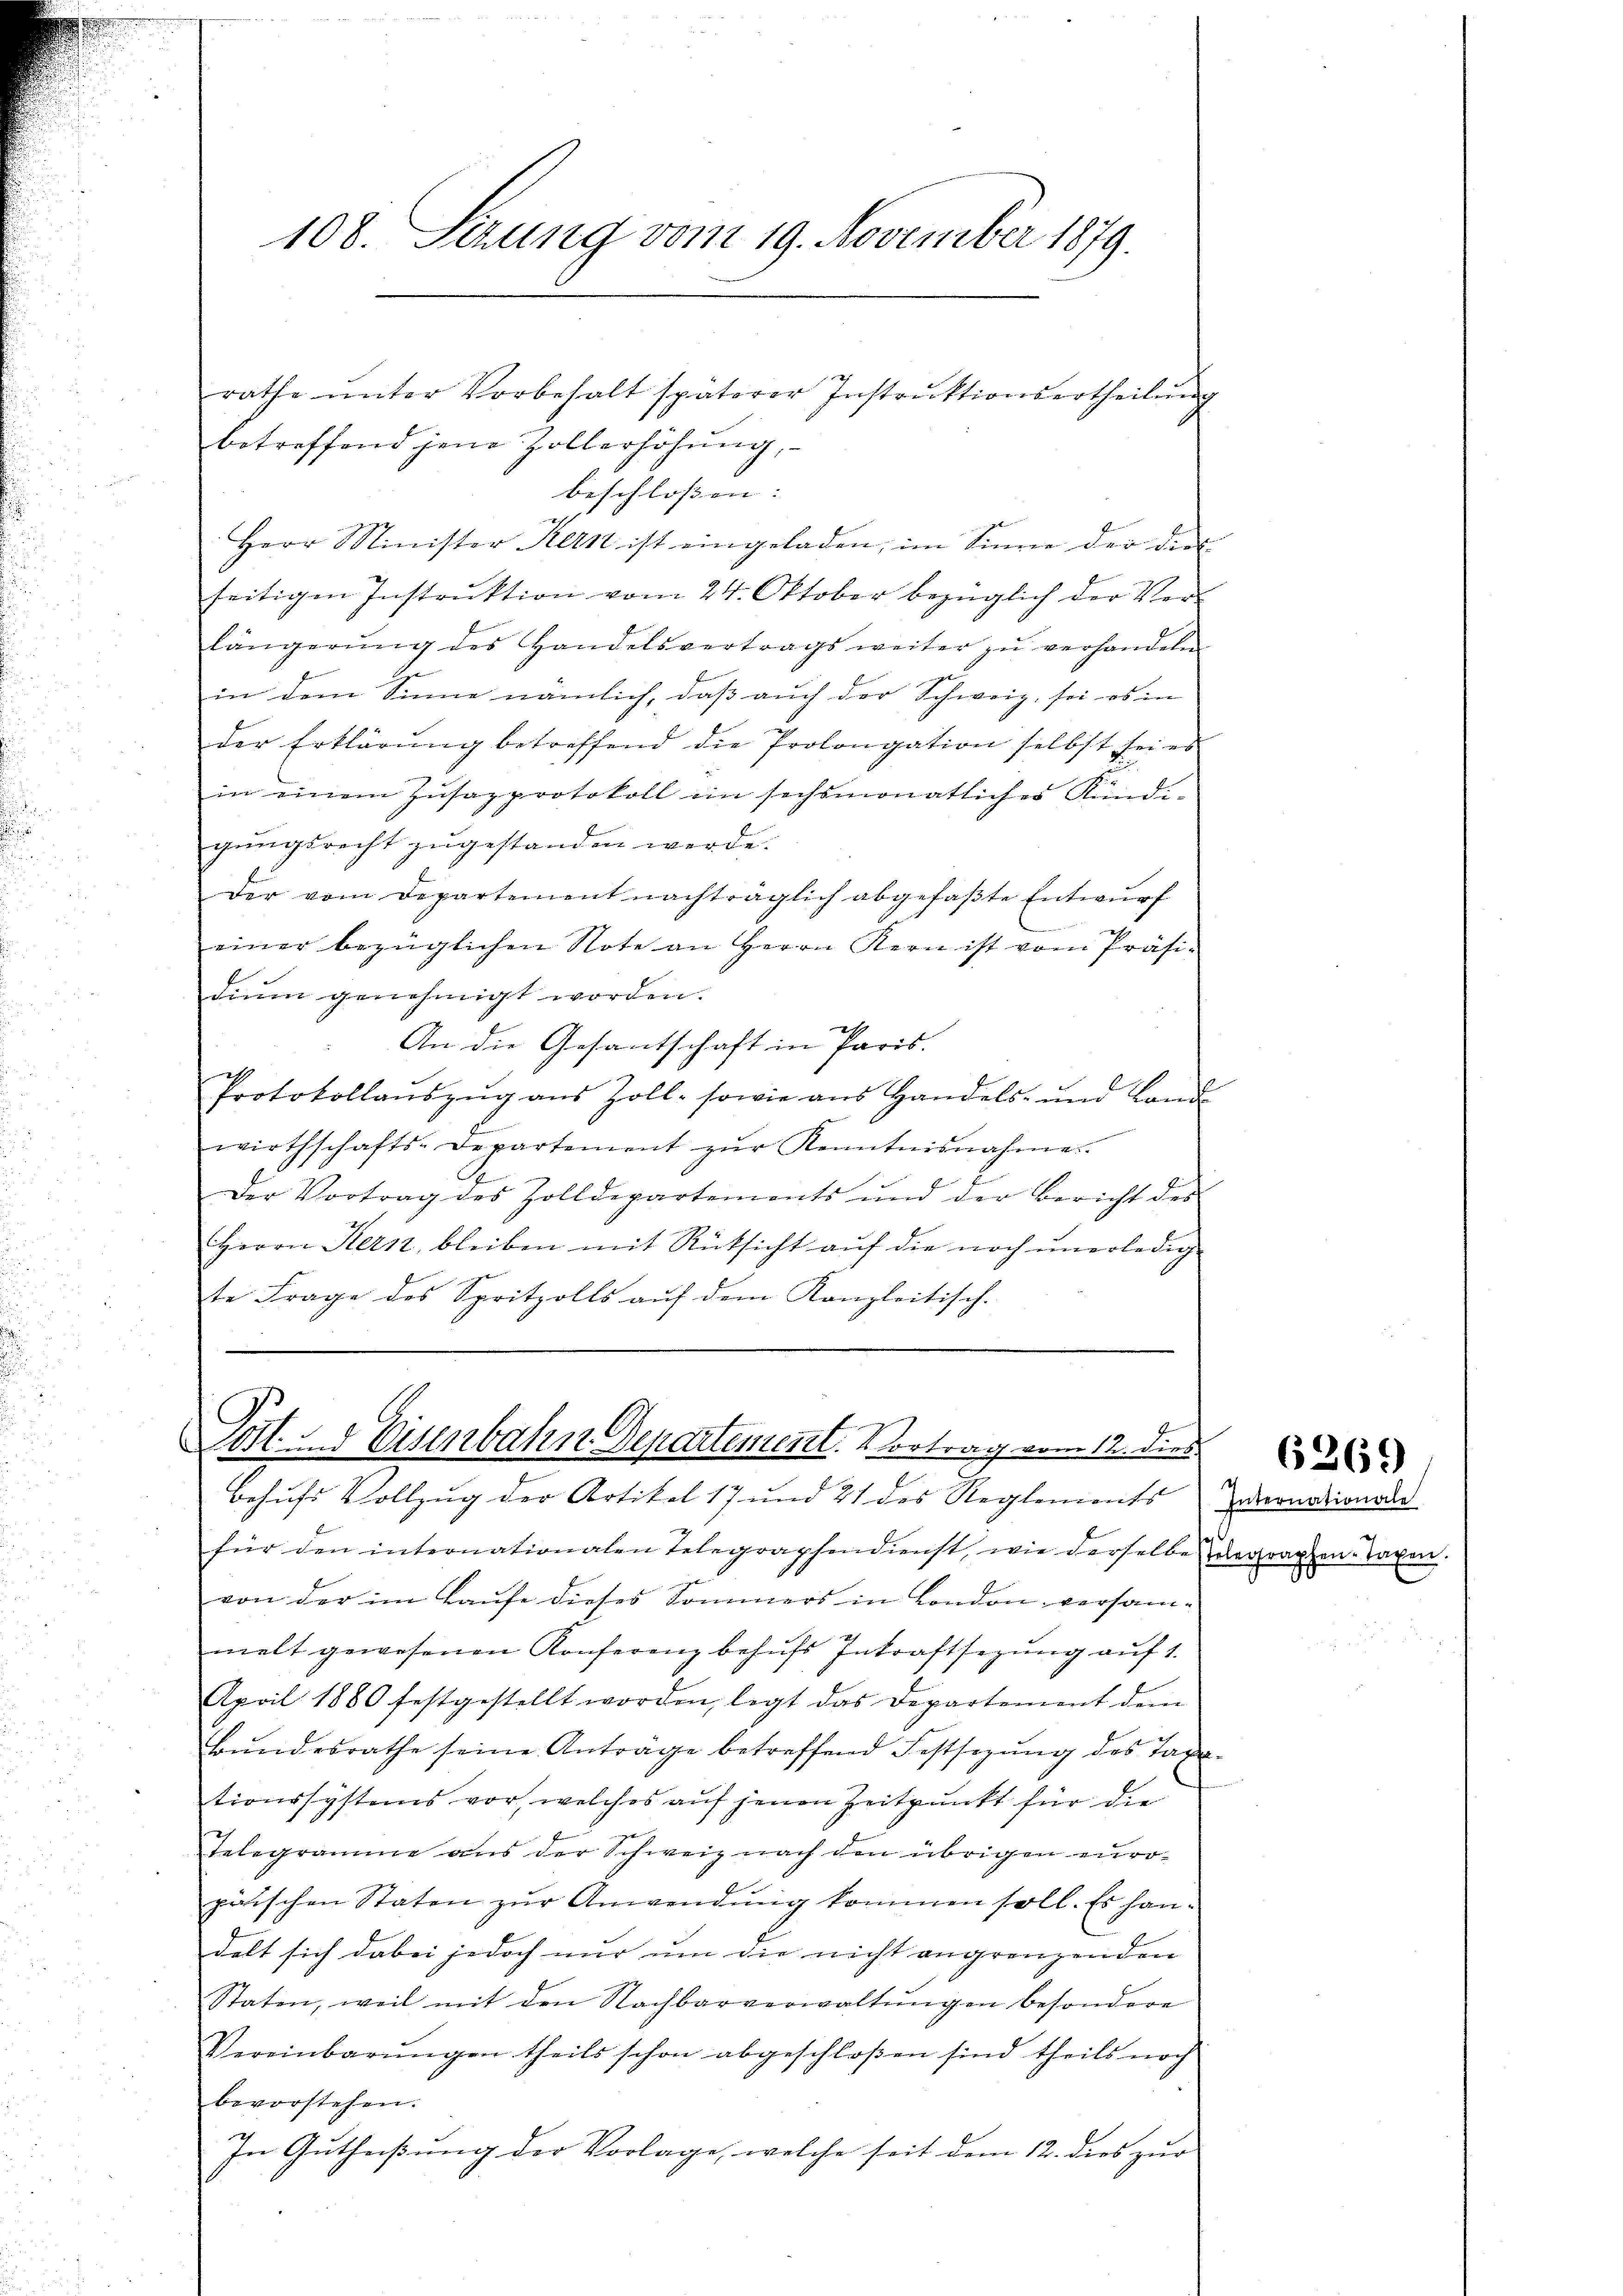
108. Sizung vom 19. November 1879.
rathe ŭnter Vorbehalt späterer Instrŭktionsertheilŭng

betreffend jene Zollerhöhŭng,
beschloßen:
Herr Minister Kern ist eingeladen, im Sinne der dies
seitigen Instruktion vom 24. Oktober bezüglich der Verlängerŭng des Handelsvertrags weiter zŭ verhandeln
in dem Sinne nämlich, dass auch der Schweiz, sei es in |
der Erklärŭng betreffend die Prolongation selbst sei es
in einem Zŭsazprotokoll in sechsmonatlicher Kündi-
gungsrecht zugestanden werde.
Der vom Departement nachträglich abgefaβte Entwŭrf
einer bezüglichen Note an Herrn Kern ist vom Präsidium genehmigt worden.
An die Gesantschaft in Paris.
s
Protokollauszug aus Zoll- sowie aus Handels- und Land-
wirthschafts-Departement zŭr Kenntnisnahme.
Der Vortrag des Zolldepartements und der Bericht des
Herrn Herz, bleiben mit Rücksicht aŭf die noch ŭnerledig-
te Frage des Spritzolls auf dem Kanzleitisch-

Post. Eisenbahn Departement. Vortrag vom 12. dies

Behufs Vollzug der Artikel 17 und 21 des Reglements Zubernationale
für den internationalen Telegraphendienst, wie derselbe degraphen-Tagen.
von der im Laufe dieses Sommers in London versammelt gewesenen Konferenz behŭfs Inkraftsezung aŭf 1.
April 1880 festgestellt worden, legt das Departement dem
Bŭndesrathe seine Anträge betreffend Festsezung des Taxtionssystems vor, welches auf jenen Zeitpunkt für die
Telegramme aus der Schweiz nach den übrigen europäischen Staten zŭr Anwendung kommen soll. Es handelt sich dabei jedoch nur um die nicht angrenzenden
Staten, weil mit den Nachbarverwaltŭngen besondere
Vereinbarŭngen theils schon abgeschloßen sind theils noch
bevorstehen.
In Gutheißung der Vorlage, welche seit dem 12. dies zur

6269